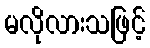
မလိုလားသဖြင့်